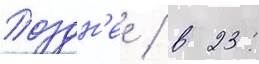
Поздн'ее / в 23: